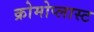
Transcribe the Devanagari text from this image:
क्रोमोप्लास्ट